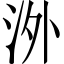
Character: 𣳢